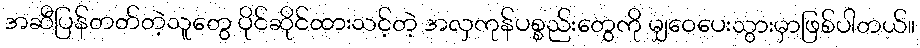
အဆီပြန်တတ်တဲ့သူတွေ ပိုင်ဆိုင်ထားသင့်တဲ့ အလှကုန်ပစ္စည်းတွေကို မျှဝေပေးသွားမှာဖြစ်ပါတယ်။